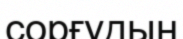
сорғудың